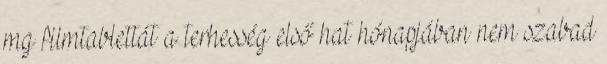
mg filmtablettát a terhesség első hat hónapjában nem szabad